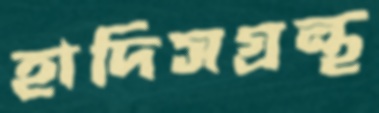
হাদিসগ্রন্থ